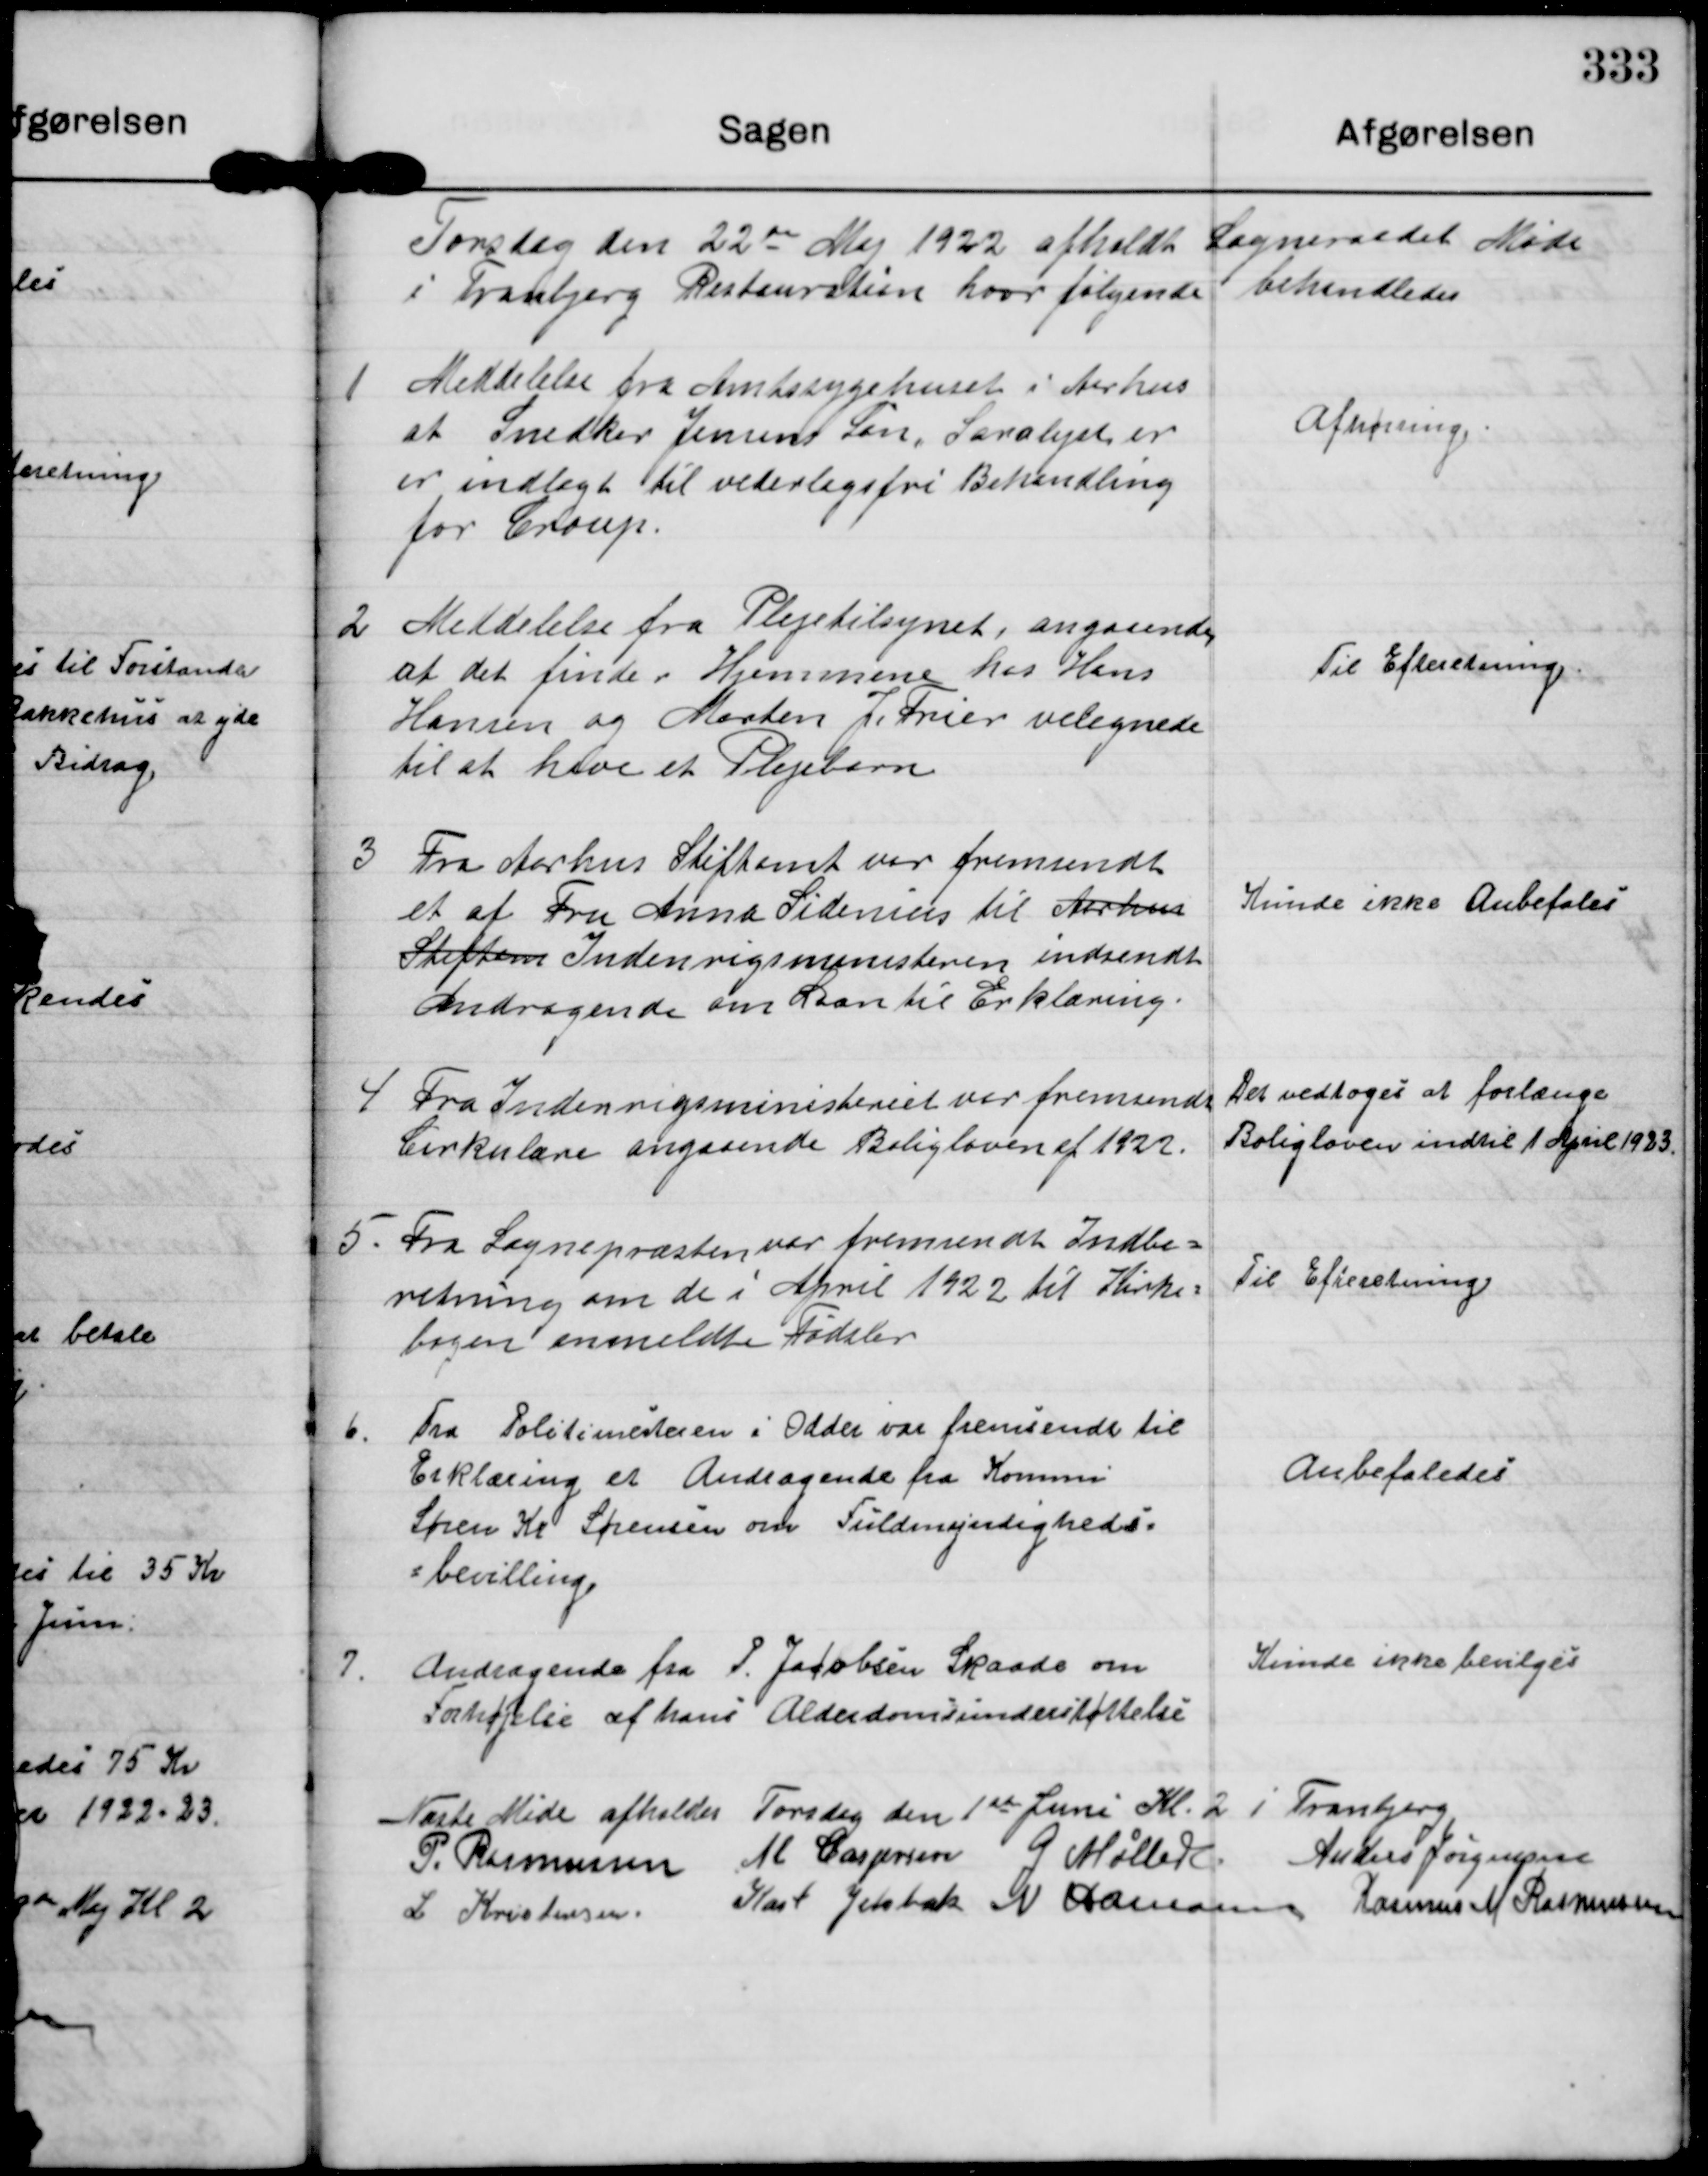
Transskription:
Torsdag den 22de Maj 1922 afholdt Sogneraadet Møde
i Tranbjerg Restauration hvor følgende behandledes

1 Meddelelse fra Amtssygehuset i Aarhus
at Snedker Jensens Søn San..... er
er indlagt til vederlagsfri Behandling
for Croup.

Afhøring.

2 Meddelelse fra Plejetilsynet, angaaende
af det finder  Hjemmene hos Hans
Hansen og Morten J. Frier velegnede
til at have et Plejebarn

Til Efteretning.

3 Fra Aarhus Stiftamt var fremsendt
et af Fru Anna Sidenius til Aarhus
Stiften Indenrigsministeren indsendt
Andragende om Laan til Erklæring

Kunde ikke Anbefales

4 Fra Indenrigsministeriet var fremsendt
Cirkulare angaaende Boligloven af 1922.

Det vedtoges at forlænge
Boligloven indtil 1 April 1923.

5. Fra Sognepræsten var fremsendt Indbe-
retning om de i April 1922 til Kirke-
bogen anmeldte Fødsler.

Til Efteretning.

6. Fra Politimesteren i Odder var fremsendt til
Erklæring et Andragende fra Kommi
Søren Kr Sørensen om Fuldmyndigheds-
bevilling.

Anbefaledes

7. Andragende fra P. Jacobsen Skaade om
Forhøjelse af hans Alderdomsunderstøttelse

Kunde ikke bevilges

Næste Møde afholdes Torsdag den 1st Juni Kl. 2 1 Tranbjerg

P. Rasmussen M Casperen G Møller Anders Jørgensen
L Kristensen Karl Jelsbak N Hamann Rasmus M Rasmussen